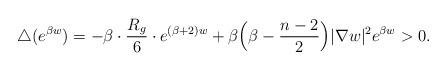
LaTeX: \begin{align*}\triangle (e^{\beta w})=-\beta\cdot\frac{R_g}{6}\cdot e^{(\beta+2)w}+\beta\Big(\beta-\frac{n-2}{2}\Big)|\nabla w|^2e^{\beta w}>0.\end{align*}